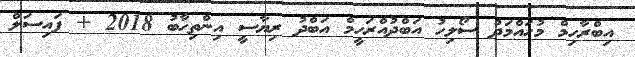
އިބްރާހިމް މުހައްމަދު ސޯލިހު އަބްދުއްރަހީމް އަބްދު ރިޔާސީ އިންތިހާބު 2018 + ފައިސަލް